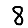
Digit: 8